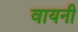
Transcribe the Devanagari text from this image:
वायनी